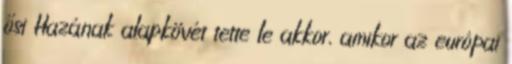
ősi Hazának alapkövét tette le akkor, amikor az európai